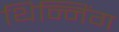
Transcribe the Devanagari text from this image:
थिन्निंग